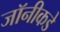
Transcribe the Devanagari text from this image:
जॉनीकडे